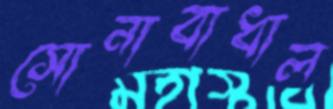
সোনাবাধাল